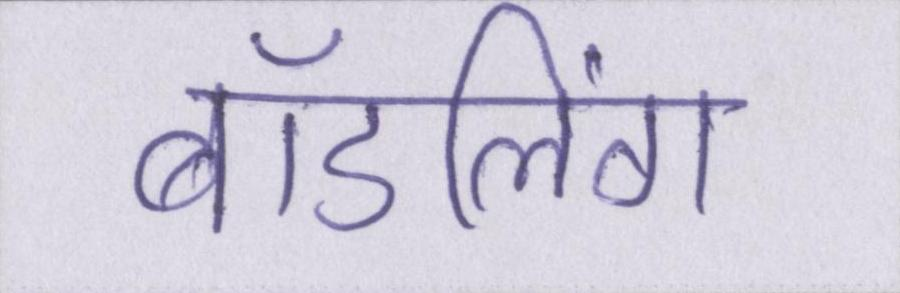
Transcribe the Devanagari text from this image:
बॉडलिंग